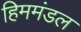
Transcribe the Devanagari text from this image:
हिममंडल